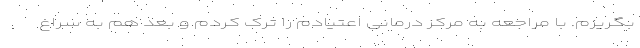
بگریزم. با مراجعه به مرکز درمانی اعتیادم را ترک کردم و بعد هم به سراغ